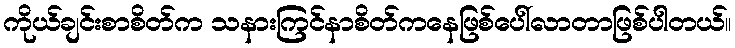
ကိုယ်ချင်းစာစိတ်က သနားကြင်နာစိတ်ကနေဖြစ်ပေါ်လာတာဖြစ်ပါတယ်။